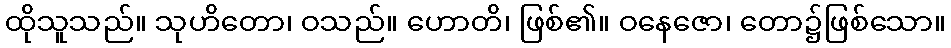
ထိုသူသည်။ သုဟိတော၊ ဝသည်။ ဟောတိ၊ ဖြစ်၏။ ဝနေဇော၊ တော၌ဖြစ်သော။